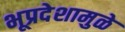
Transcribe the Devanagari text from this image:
भूप्रदेशामुळे